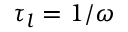
\tau _ { l } = 1 / \omega